Vaccination report Assam 1896-1927 - 1896-1927
Year: 1896
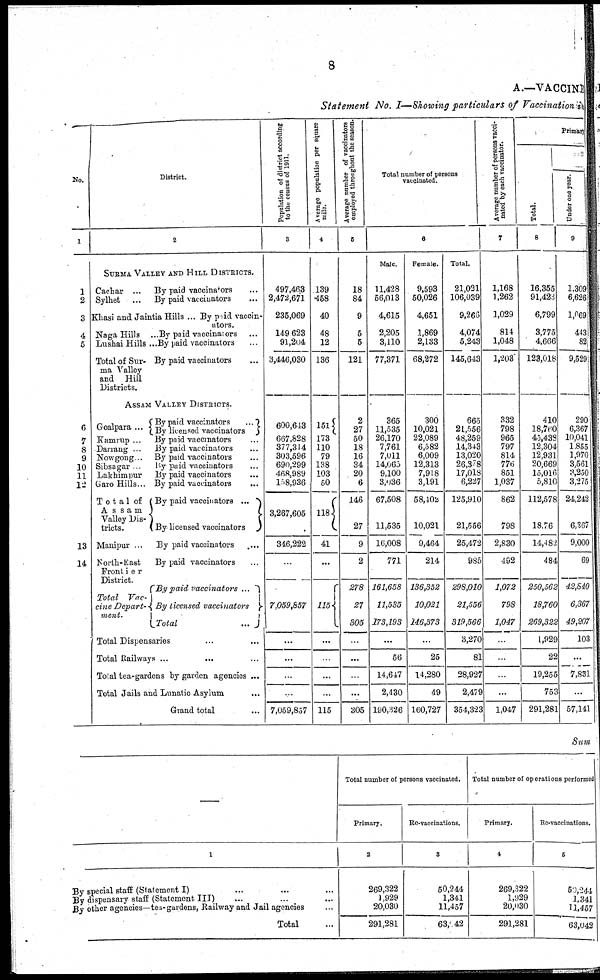
8
A.—VACCINE
Statement No. I—Showing particulars of Vaccination in
No.
1
1
2
3
4
5
6
7
8
9
10
11
12
13
14
District.
2
SURMA VALLEY AND HILL DISTRICTS.
Cachar ... By paid vaccinators ...
Sylhet ... By paid vaccinators ...
Khasi and Jaintia Hills ... By paid vaccin-
ators.
Naga Hills ... By paid vaccinators ...
Lushai Hills ... By paid vaccinators ...
Total of Sur-
ma Valley
and Hill
Districts.
By paid vaccinators ...
ASSAM VALLEY DISTRICTS.
Goalpara ... By paid vaccinators
...
By licensed vaccinators
Kamrup ... By paid vaccinators ...
Darrang . By paid vaccinators ...
Nowgong . By paid vaccinators ...
Sibsagar
By
paid vaccinators ...
Lakhimpur
By paid vaccinators ...
Garo Hills... By paid vaccinators
...
Total of
Assam
Valley Dis-
tricts.
By paid vaccinators ...
By licensed vaccinators
Manipur ... By paid vaccinators ...
North-East
Frontier
District.
Total Vac-
cine Depart-
ment.
By paid vaccinators ...
By paid vaccinators ...
By licensed vaccinators
Total
...
Total Dispensaries ... ...
Total Railways ... ... ...
Total tea-gardens by garden agencies ...
Total Jails and Lunatic Asylum ...
Grand total ...
Population of district according
to the census of 1911.
3
497,463
2,472,671
235,069
149,623
91,204
3,446,030
600,613
667,828
377,314
303,596
690,299
468,989
158,936
3,267,605
346,222
...
7,059,857
...
...
...
...
7,059,857
Average population per square
mile.
4
139
458
40
48
12
136
151
173
110
79
138
103
50
118
41
...
115
...
...
...
...
115
Average number of vaccinators
employed throughout the season.
5
18
84
9
5
5
121
2
27
50
18
16
34
20
6
146
27
9
2
278
27
305
...
...
...
...
305
Total number of persons
vaccinated.
6
Male.
11,428
56,013
4,615
2,205
3,110
77,371
365
11,535
26,170
7,761
7,011
14,065
9,100
3,036
67,508
11,535
16,008
771
161,658
11,535
173,193
...
56
14,647
2,430
190,326
Female.
9,593
50,026
4,651
1,869
2,133
68,272
300
10,021
22,089
6,582
6,009
12,313
7,918
3,191
58,402
10,021
9,464
214
136,352
10,021
246,373
...
25
14,280
49
160,727
Total.
21,021
106,039
9,266
4,074
5,243
145,643
665
21,556
48,259
14,343
13,020
26,378
17,018
6,227
125,910
21,556
25,472
985
298,010
21,556
319,566
3,270
81
28,927
2,479
354,323
Average
number of persons vacci-
nated by each vaccinator.
7
1,168
1,262
1,029
814
1,048
1,203
332
798
965
797
814
776
851
1,037
862
798
2,830
492
1,072
798
1,047
...
...
...
...
1,047
Primary
Total.
8
16,355
91,423
6,799
3,775
4,666
123,018
410
18,760
45,438
12,304
12,931
20,669
15,016
5,810
112,578
18,76
14,482
484
250,562
18,760
269,322
1,929
22
19,255
753
291,281
Under one year.
9
1,309
6,626
1,069
443
82
9,529
290
6,367
10,041
1,855
1,970
3,561
3,250
3,275
24,242
6,367
9,000
69
42,840
6,367
49,207
103
...
7,831
...
57,141
Sum
—
1
By special staff (Statement I)...
By dispensary staff (Statement III)...
By other agencies—tea-gardens, Railway and Jail agencies...
Total ...
Total number of persons vaccinated.
Primary.
2
269,322
1,929
20,030
291,281
Re-vaccinations.
3
50,244
1,341
11,457
63,042
Total number of operations performed
Primary.
4
269,322
1,929
20,030
291,281
Re-vaccinations.
5
50,244
1,341
11,457
63,042